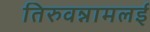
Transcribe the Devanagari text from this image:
तिरुवन्नामलई